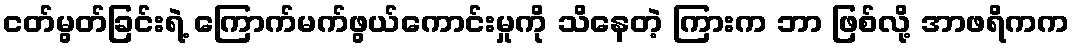
ငတ်မွတ်ခြင်းရဲ့ ကြောက်မက်ဖွယ်ကောင်းမှုကို သိနေတဲ့ ကြားက ဘာ ဖြစ်လို့ အာဖရိကက